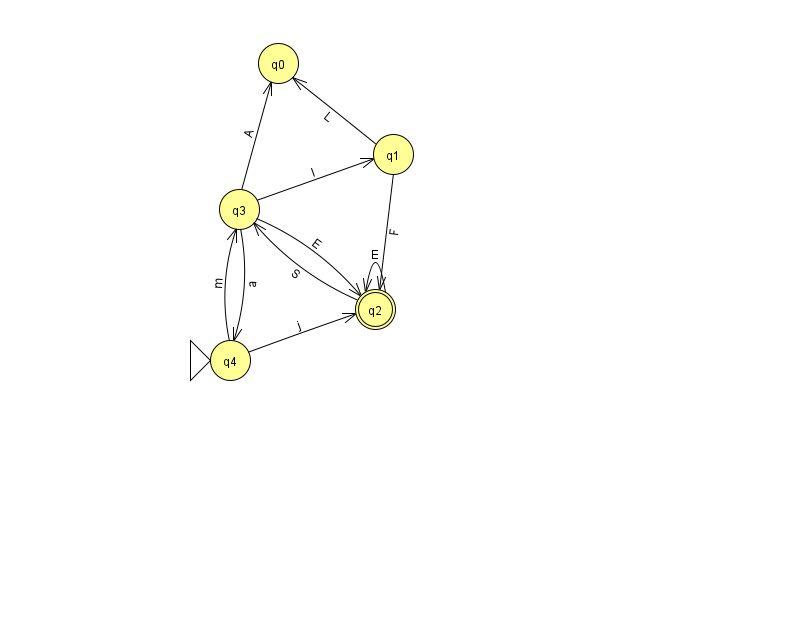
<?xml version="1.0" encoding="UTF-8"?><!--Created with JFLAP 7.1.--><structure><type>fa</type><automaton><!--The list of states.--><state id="0" name="q0"><x>278.0</x><y>50.0</y></state><state id="1" name="q1"><x>393.0</x><y>141.0</y></state><state id="2" name="q2"><x>375.0</x><y>296.0</y><final/></state><state id="3" name="q3"><x>239.0</x><y>196.0</y></state><state id="4" name="q4"><x>230.0</x><y>347.0</y><initial/></state><!--The list of transitions.--><transition><from>3</from><to>1</to><read>l</read></transition><transition><from>3</from><to>2</to><read>E</read></transition><transition><from>2</from><to>3</to><read>S</read></transition><transition><from>4</from><to>2</to><read>j</read></transition><transition><from>4</from><to>3</to><read>m</read></transition><transition><from>2</from><to>2</to><read>E</read></transition><transition><from>3</from><to>4</to><read>a</read></transition><transition><from>1</from><to>0</to><read>L</read></transition><transition><from>3</from><to>0</to><read>A</read></transition><transition><from>1</from><to>2</to><read>F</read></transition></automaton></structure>